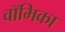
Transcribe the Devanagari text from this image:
वॉमिका